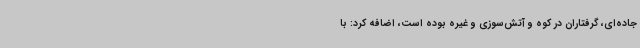
جاده‌ای، گرفتاران در کوه و آتش‌سوزی و غیره بوده است، اضافه کرد: با